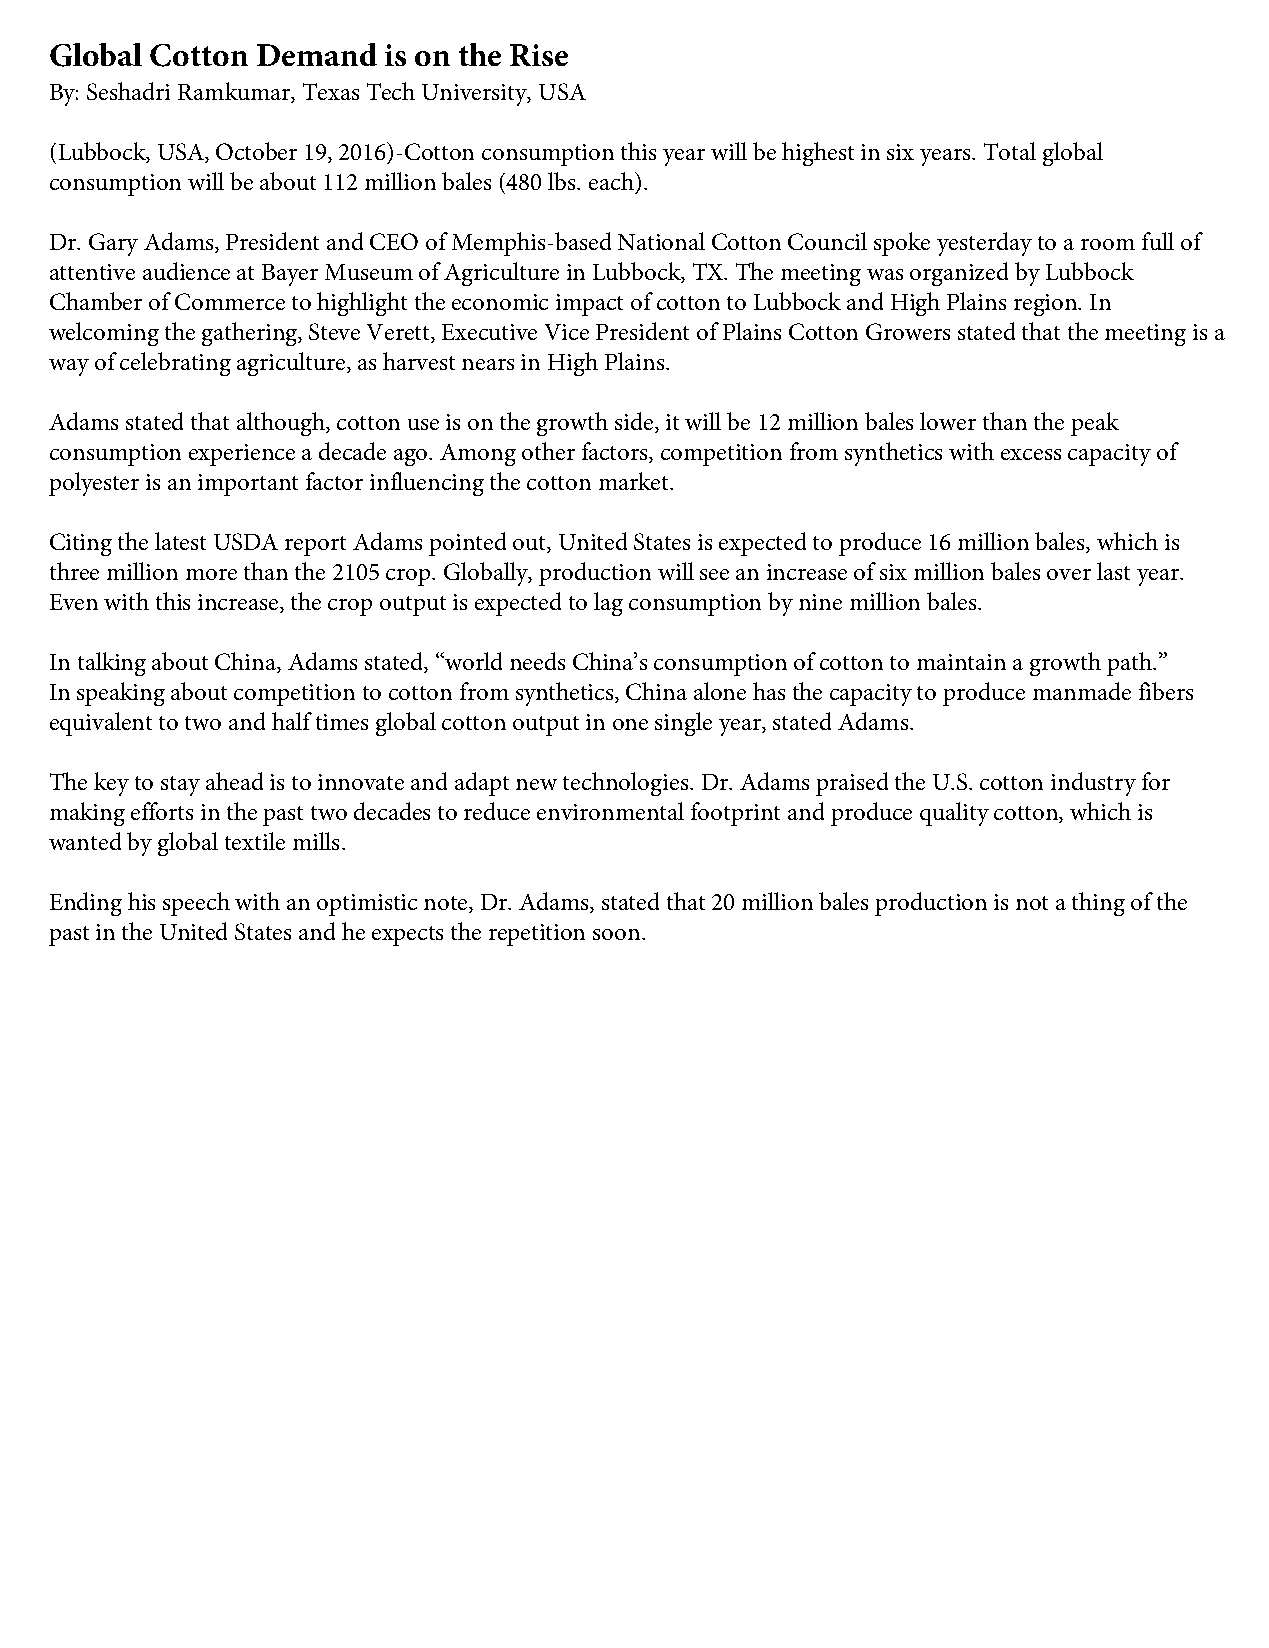
Global Cotton Demand  is on the Rise
 By: Seshadri Ramkumar, Texas Tech University, USA
 (Lubbock, USA, October 19, 2016)-Cotton consumption this year will be highest in six years. Total global
 consumption will be about 112 million bales (480 lbs. each).
 Dr. Gary Adams, President and CEO of Memphis-based National Cotton Council spoke yesterday to a room full of
 attentive audience at Bayer Museum of Agriculture in Lubbock, TX. The meeting was organized by Lubbock
 Chamber of Commerce to highlight the economic impact of cotton to Lubbock and High Plains region. In
 welcoming the gathering, Steve Verett, Executive Vice President of Plains Cotton Growers stated that the meeting is a
 way of celebrating agriculture, as harvest nears in High Plains.
 Adams stated that although, cotton use is on the growth side, it will be 12 million bales lower than the peak
 consumption experience a decade ago. Among other factors, competition from synthetics with excess capacity of
 polyester is an important factor influencing the cotton market.
 Citing the latest USDA report Adams pointed out, United States is expected to produce 16 million bales, which is
 three million more than the 2105 crop. Globally, production will see an increase of six million bales over last year.
 Even with this increase, the crop output is expected to lag consumption by nine million bales.
 In talking about China, Adams stated, “world needs China’s consumption of cotton to maintain a growth path.”
 In speaking about competition to cotton from synthetics, China alone has the capacity to produce manmade fibers
 equivalent to two and half times global cotton output in one single year, stated Adams.
 The key to stay ahead is to innovate and adapt new technologies. Dr. Adams praised the U.S. cotton industry for
 making efforts in the past two decades to reduce environmental footprint and produce quality cotton, which is
 wanted by global textile mills.
 Ending his speech with an optimistic note, Dr. Adams, stated that 20 million bales production is not a thing of the
 past in the United States and he expects the repetition soon.